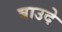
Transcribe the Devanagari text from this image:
बाउदे